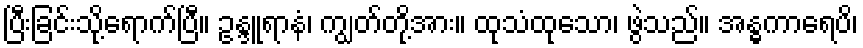
ပြီးခြင်းသို့ရောက်ပြီ။ ဥန္ဒူရာနံ၊ ကျွတ်တို့အား။ ထုသံထုသော၊ ဖွဲသည်။ အန္ဓကာရေပိ၊